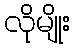
လိုမျိုး